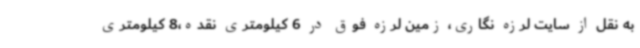
به نقل از سایت لرزه نگاری، زمین لرزه فوق در 6 کیلومتری نقده،8 کیلومتری